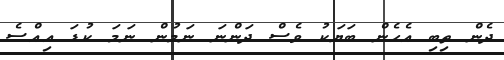
ދެން ތިބި އެހެން ބަޔަކު ވެސް ދަންނަ ނަމުން ނަމަ ކުޑަ އިއްސެ